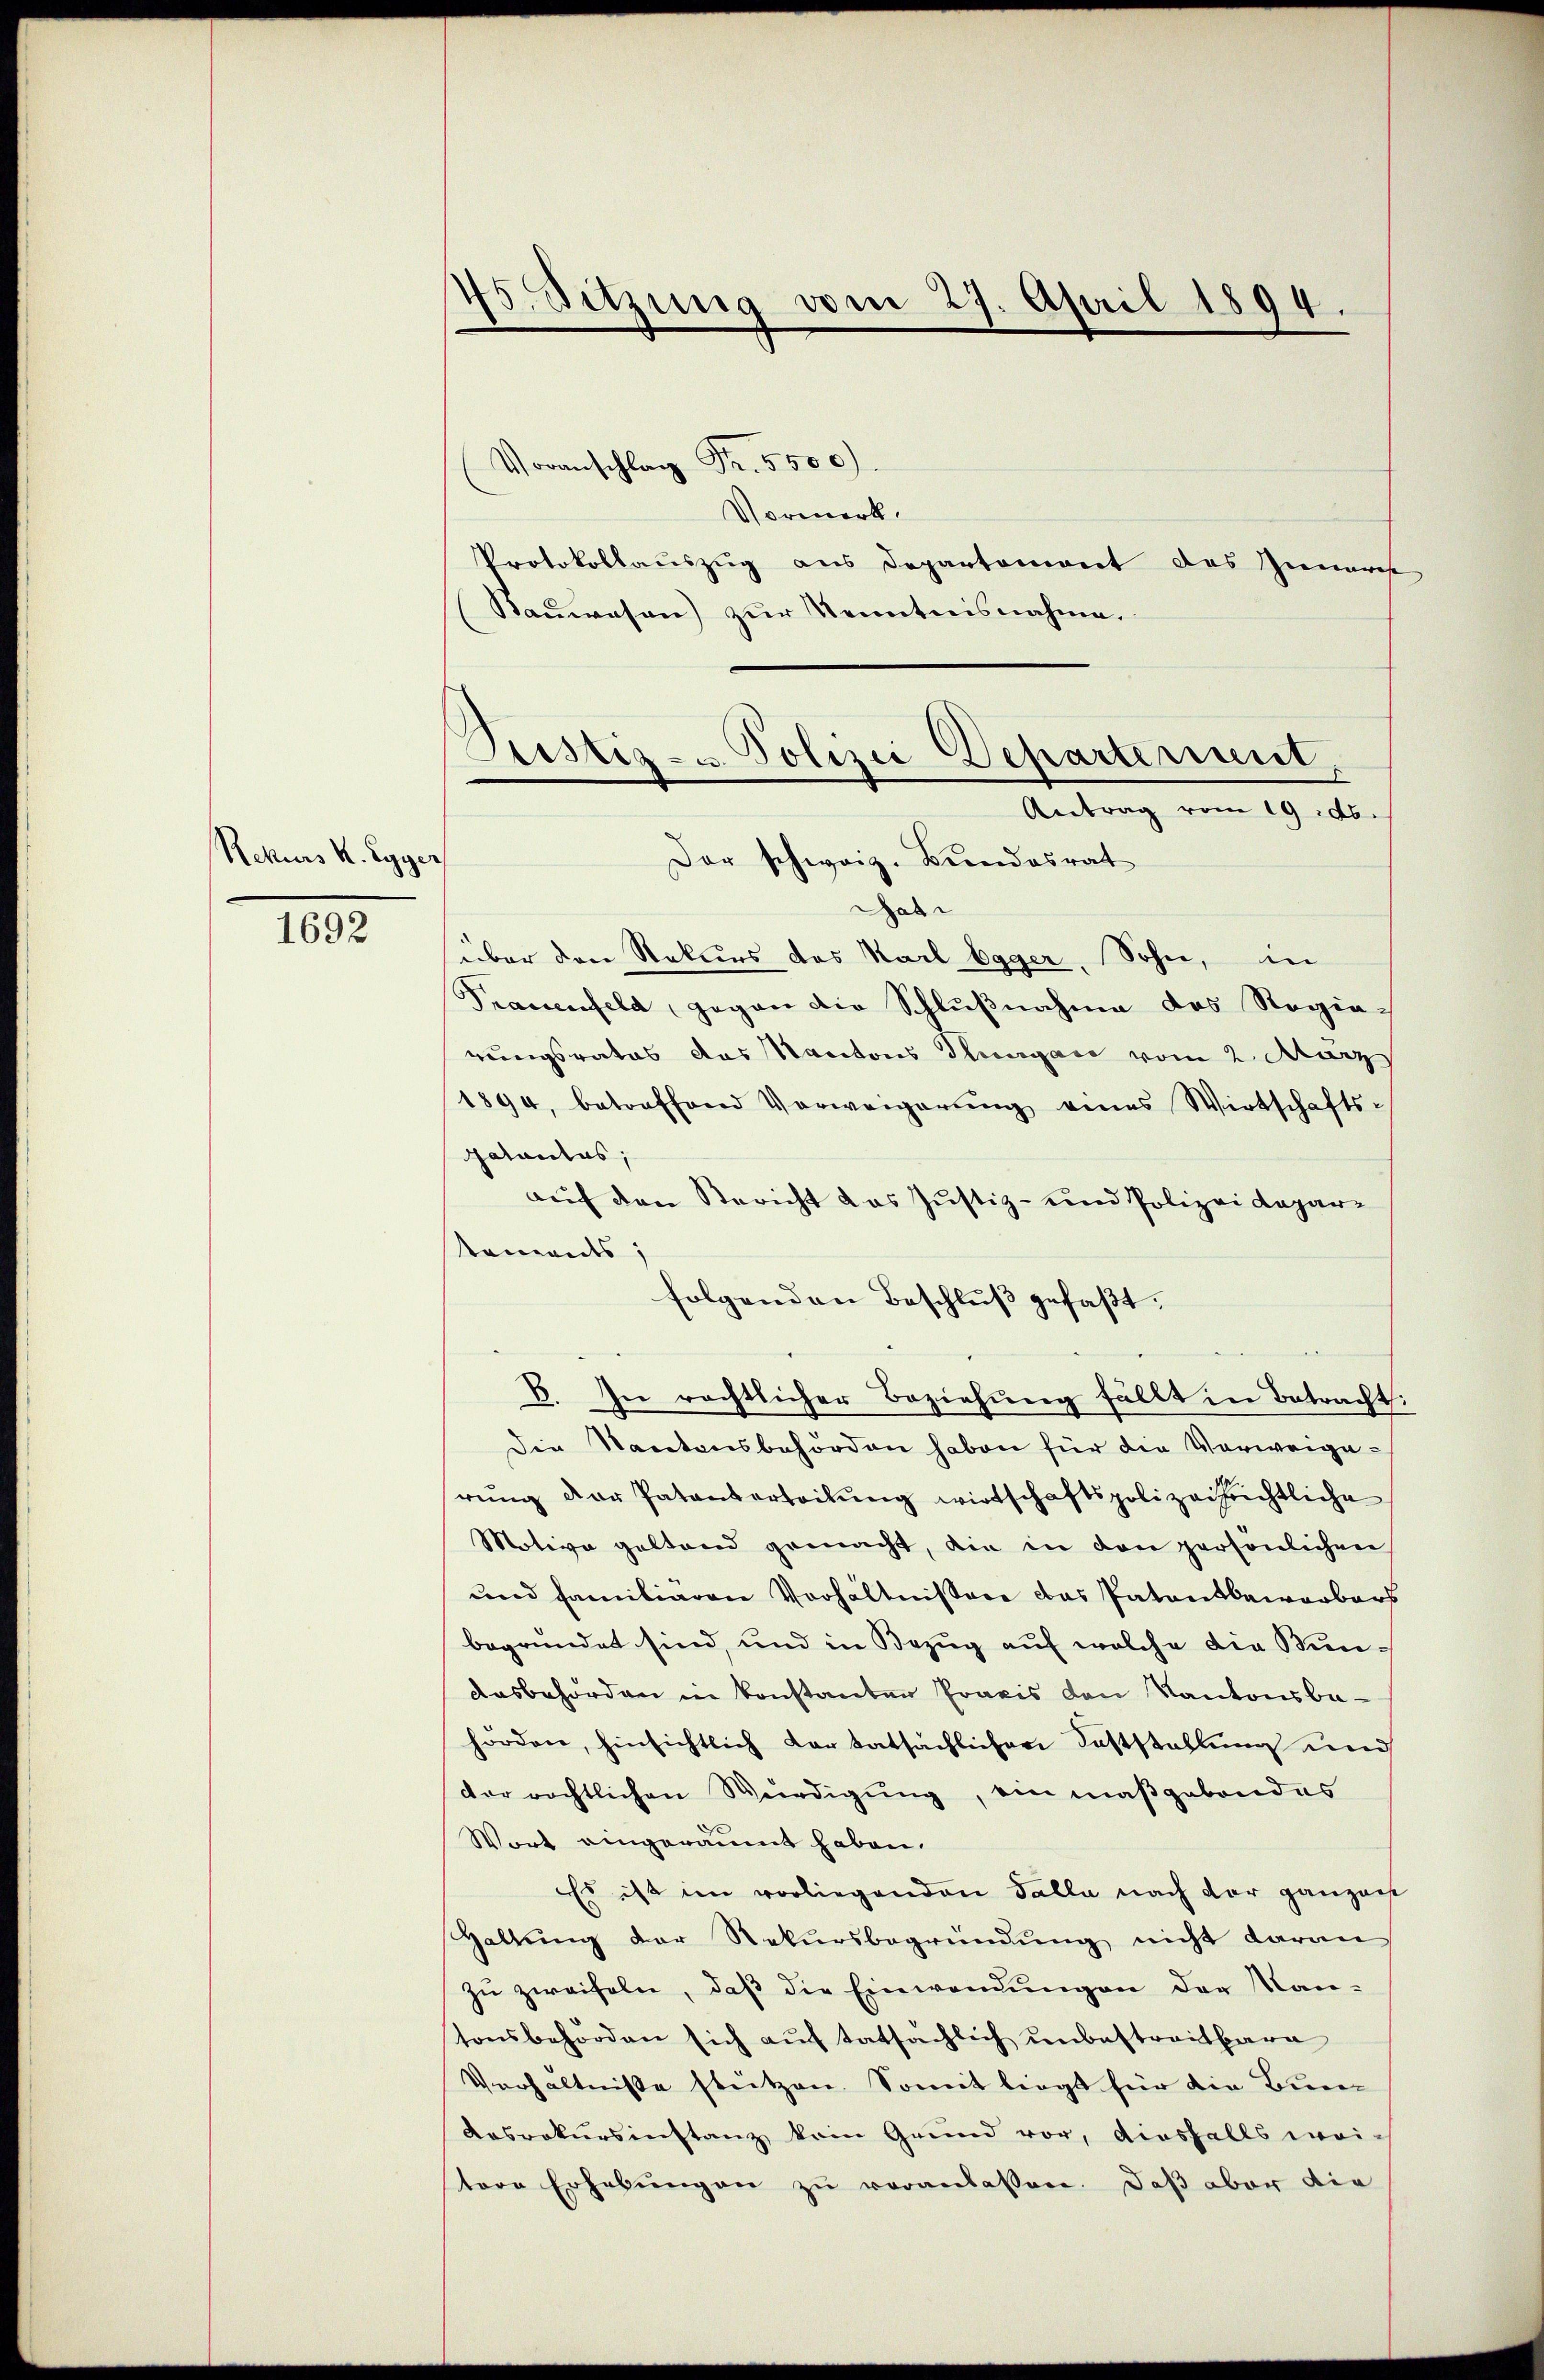
Rekurs K. Egger

1692

s
Jo Sitzung vom 27. April 1894.

Justiz- u. Polizei Departerinnt,
Antrag vom 19.ds.
Der schweiz. Bundesrat

Voranschlag Fr. 5500.
Vormerk.
Protokollauszug aus Departement das Zinorist
Rauwesen) zur Kenntnisnahme.
Gati
über den Rekurs des Karl Egger, Sohn, in
Srauenfeld, gegen die Schlußnahme des Regie-
rungsrates das Kantons Thurgau vom 2. März
1894, betroffend Verweigerŭng eines Wirtschafts-
Gatactus,
auf den Bericht das Justiz- und Polizeidepar¬
Koments;
folgenden Beschluß gefaßt.
D. In rechtlicher Beziehung fällt in Betracht:
Die Kantonsbehörden haben für die Vorweige-
rŭng der Patanterteilung wirtschaftspolizachrichtliche
Motive geltend gemacht, die in den persönlichen
und familiaren Verhältnissere das Patentbeworbers
begründet sind, und in Bezug auf welche die Bun¬
Aasbehörden in konstanter Praxis den Kantonsbehörden, hinsichtlich dortatsächlichen Feststellung und
der rechtlichen Würdigung, ein maßgebondes
Wort eingeräumt haben.
Es ist im vorliegenden Falle nach der ganzen
Haltŭng der Rekursbegründŭng nicht daran
zu zweifeln, daß die Einwendungen der Kantonsbehörden sich auf tatsächlich unbestreitbare
Verhältniße stützen. Somit liegt für die Bun¬
Aasrokursinstanz kein Grund vor, diesfalls wei-
tere Erhebŭngen zŭ veranlassen. Daß aber die